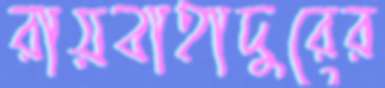
রায়বাহাদুরের